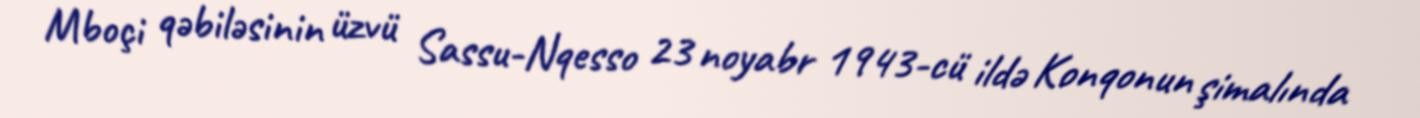
Mboçi qəbiləsinin üzvü Sassu-Nqesso 23 noyabr 1943-cü ildə Konqonun şimalında